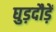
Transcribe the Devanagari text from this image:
घुड़दौड़ें